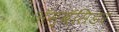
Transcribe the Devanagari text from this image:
अॅम्बॅसिडर